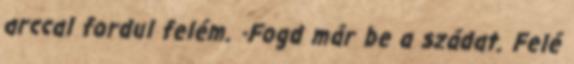
arccal fordul felém. -Fogd már be a szádat. Felé